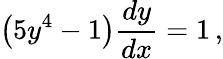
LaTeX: \left(5y^{4}-1\right){\frac{dy}{dx}}=1\, ,